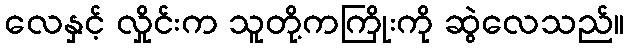
လေနှင့် လှိုင်းက သူတို့ကကြိုးကို ဆွဲလေသည်။